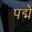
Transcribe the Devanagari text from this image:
पद्मे